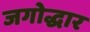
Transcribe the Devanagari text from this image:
जगोद्धार